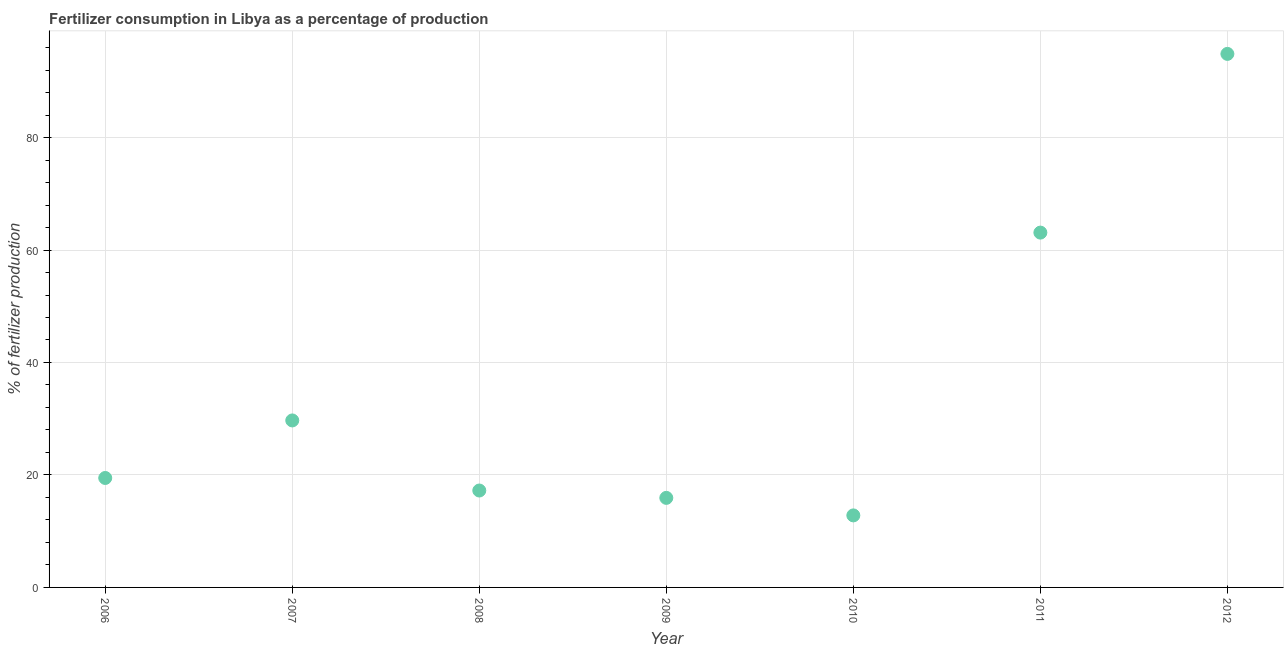
| Year | Fertilizer consumption |
 | --- | --- |
 | 2006 | 19.5 |
 | 2007 | 29.7 |
 | 2008 | 17.2 |
 | 2009 | 15.9 |
 | 2010 | 12.8 |
 | 2011 | 63.1 |
 | 2012 | 94.9 |